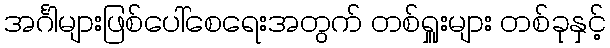
အင်္ဂါများဖြစ်ပေါ်စေရေးအတွက် တစ်ရှူးများ တစ်ခုနှင့်